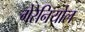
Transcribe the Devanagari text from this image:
गेरेनियोल